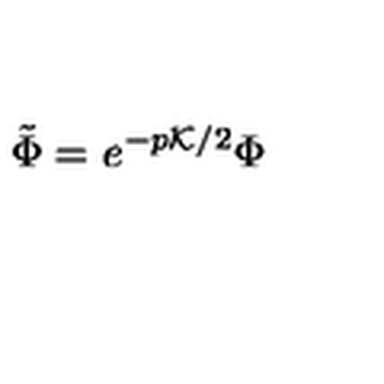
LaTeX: \tilde { \Phi } = e ^ { - p { \cal K } / 2 } \Phi